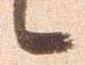
候